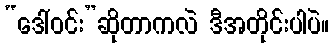
“ဒေါ်ဝင်း”ဆိုတာကလဲ ဒီအတိုင်းပါပဲ။